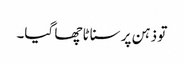
تو ذہن پر سناٹا چھا گیا۔